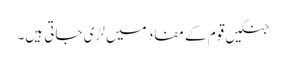
جنگیں قوم کے مفاد میں لڑی جاتی ہیں۔